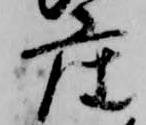
座